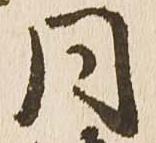
同